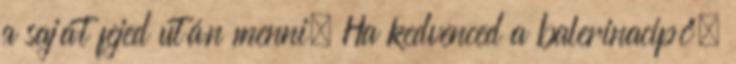
a saját fejed után menni. Ha kedvenced a balerinacipő,